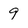
Character: 9